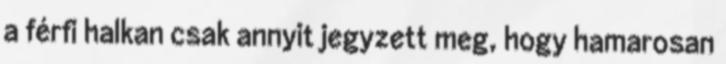
a férfi halkan csak annyit jegyzett meg, hogy hamarosan